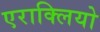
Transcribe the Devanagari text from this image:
एराक्लियो